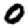
Digit: 0